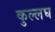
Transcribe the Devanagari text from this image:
कुल्लघ